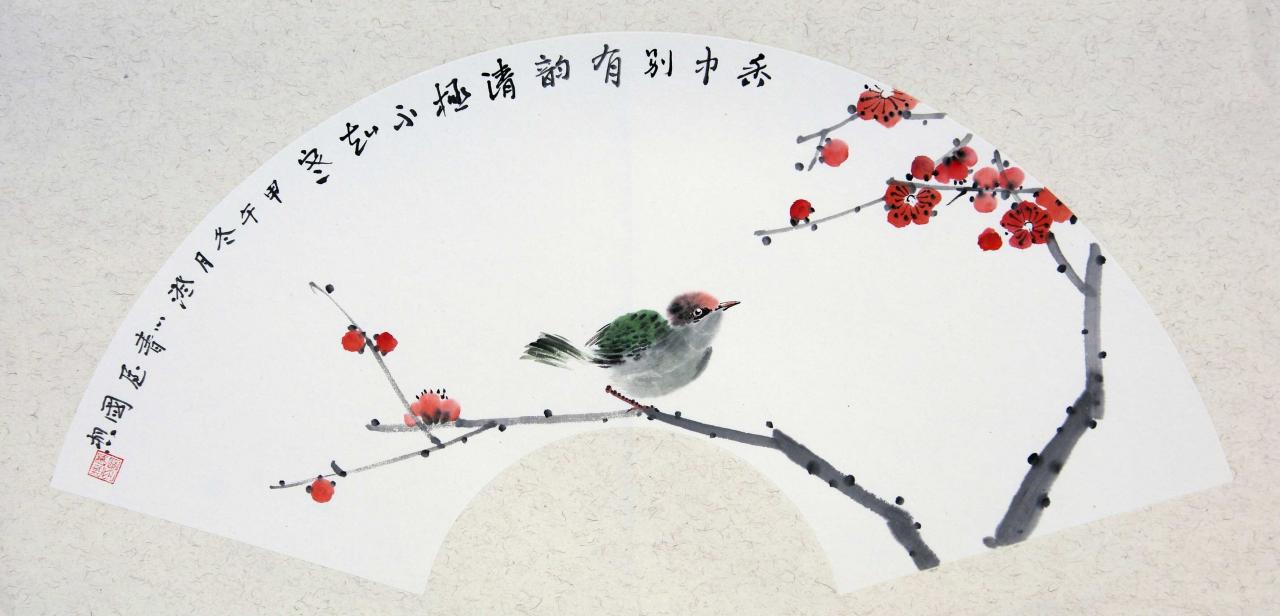
年年雪里。常插梅花醉。